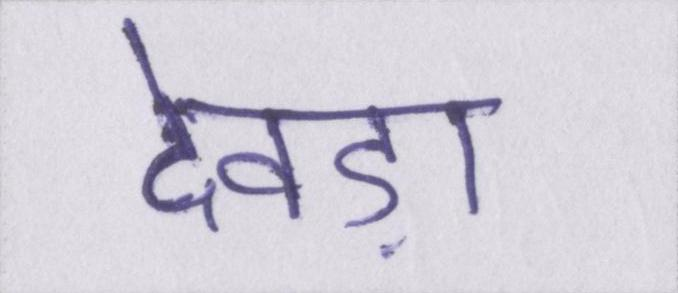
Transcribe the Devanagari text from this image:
देवड़ा